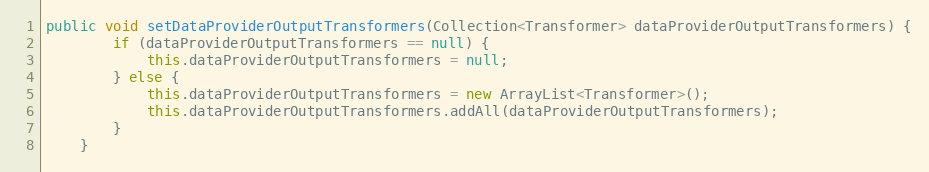
Language: Java
public void setDataProviderOutputTransformers(Collection<Transformer> dataProviderOutputTransformers) {
        if (dataProviderOutputTransformers == null) {
            this.dataProviderOutputTransformers = null;
        } else {
            this.dataProviderOutputTransformers = new ArrayList<Transformer>();
            this.dataProviderOutputTransformers.addAll(dataProviderOutputTransformers);
        }
    }